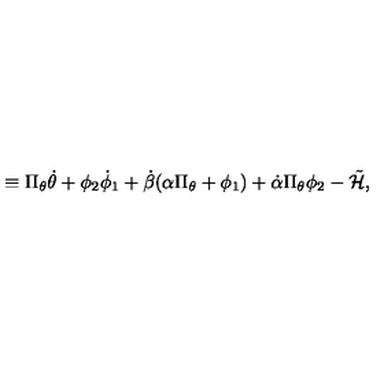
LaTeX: \equiv \Pi _ { \theta } \dot { \theta } + \phi _ { 2 } \dot { \phi } _ { 1 } + \dot { \beta } ( \alpha \Pi _ { \theta } + \phi _ { 1 } ) + \dot { \alpha } \Pi _ { \theta } \phi _ { 2 } - \tilde { \cal H } ,